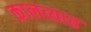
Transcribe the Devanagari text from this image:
कालव्यात